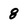
Character: 8